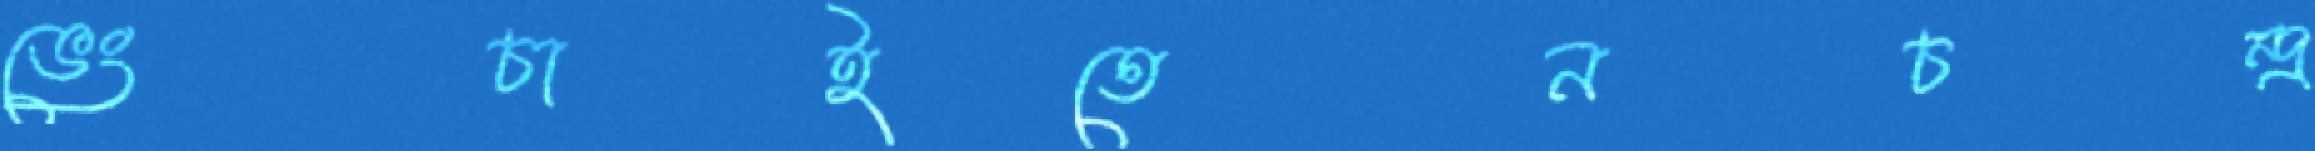
ভেংচাইতেনচন্দ্র